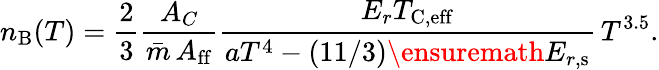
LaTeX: n_{\mathrm{B}}(T)=\frac{2}{3}\frac{A_{C}}{\bar{m}\, A_{\mathrm{ff}}}\frac{E_{r}T_{\mathrm{C,eff}}}{aT^{4}-(11/3)\ensuremath{E_{r,\mathrm{s}}}}\, T^{3.5}.